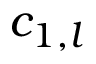
c _ { 1 , l }